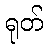
ရုတ်